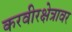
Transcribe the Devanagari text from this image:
करवीरक्षेत्रावर